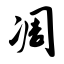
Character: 凋